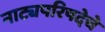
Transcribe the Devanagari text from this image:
नाट्यपरिषदेचे